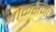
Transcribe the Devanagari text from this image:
लोकसमज